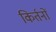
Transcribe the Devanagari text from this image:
किर्तनों